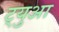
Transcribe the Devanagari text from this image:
ट्युआ